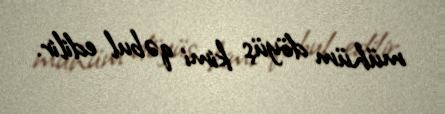
mühüm döyüş kimi qəbul edilir.